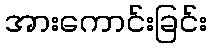
အားကောင်းခြင်း